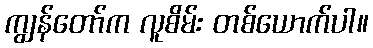
ကျွန်တော်က လူစိမ်း တစ်ယောက်ပါ။